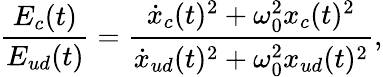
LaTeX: \frac{E_{c}(t)}{E_{ud}(t)}=\frac{\dot{x}_{c}(t)^{2}+\omega_{0}^{2}x_{c}(t)^{2}}{\dot{x}_{ud}(t)^{2}+\omega_{0}^{2}x_{ud}(t)^{2}},